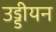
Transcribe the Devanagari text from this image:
उड्डीयन